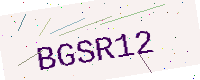
Text: BGSR12